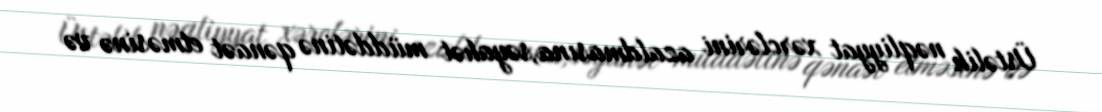
Üstəlik nəqliyyat xərclərini azaldmasına,səyahət müddətinə qənaət etməsinə və